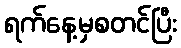
ရက်နေ့မှစတင်ပြီး